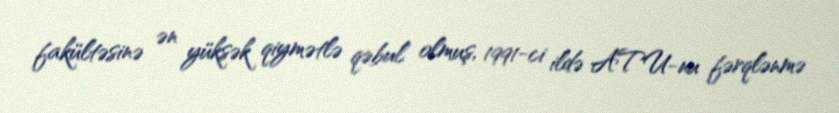
fakültəsinə ən yüksək qiymətlə qəbul olmuş, 1991-ci ildə ATU-nu fərqlənmə